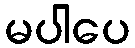
မပါပေ